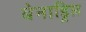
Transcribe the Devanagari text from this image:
बेनाड्रिल